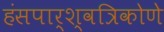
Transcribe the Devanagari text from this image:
हंसपार्श्वत्रिकोणे